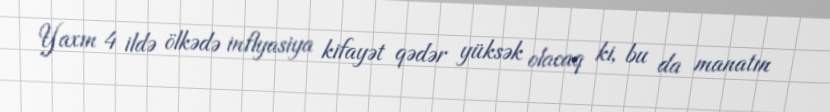
Yaxın 4 ildə ölkədə inflyasiya kifayət qədər yüksək olacaq ki, bu da manatın